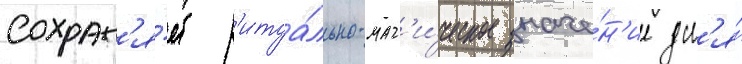
Сохран'я́ет р'итуа́льно-маг'и́ческое значе́н'ие дл'я́